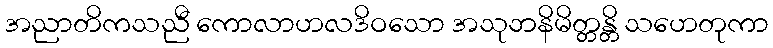
အညာတိကသညီ ကောလာဟလဒိဝသော အသုဘနိမိတ္တန္တိ သဟေတုကာ